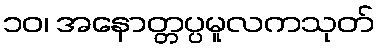
၁၀၊ အနောတ္တပ္ပမူလကသုတ်